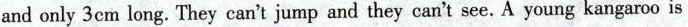
and only 3cm long. They can't jump and they can't see. A young kangaroo is